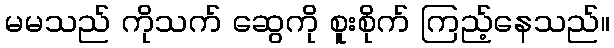
မမသည် ကိုသက် ဆွေကို စူးစိုက် ကြည့်နေသည်။